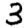
Digit: 3